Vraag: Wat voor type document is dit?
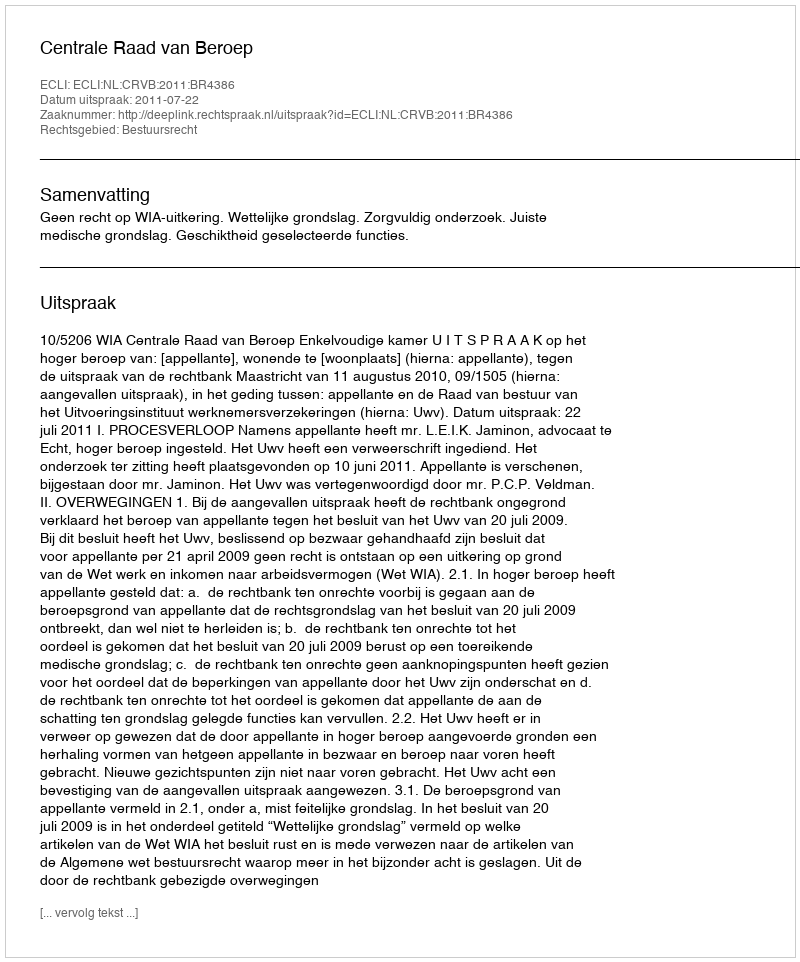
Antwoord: Uitspraak